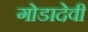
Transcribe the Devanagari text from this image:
गोडादेवी